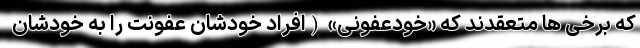
که برخی ها متعقدند که «خودعفونی» (افراد خودشان عفونت را به خودشان